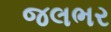
જલભર